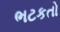
ભટકતો